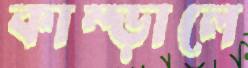
কাম্‌ড়ালে